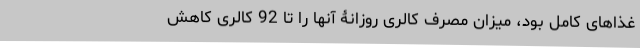
غذاهای کامل بود، میزان مصرف کالری روزانۀ آنها را تا 92 کالری کاهش